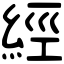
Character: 經